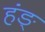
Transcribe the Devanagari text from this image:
हंङ्